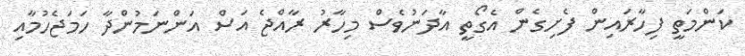
ކަންމަތީ ފިހާރައިން ފެށިގެން އެގޯތީ އާދަނުވެސް މިހާރު ރާއްޖެ އަސް އަންނަމުންދާ ހަމަޖެހުމާއި